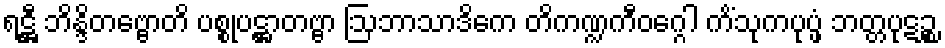
ရဋ္ဌီ ဘိန္ဒိတဗ္ဗောတိ ပစ္စုပဋ္ဌာတဗ္ဗာ ဩဘာသာဒိကေ တိကဏ္ဍကီဝဂ္ဂေါ ကိံသုကပုပ္ဖံ ဘတ္တပုဋဉ္စ